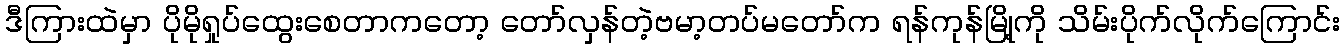
ဒီကြားထဲမှာ ပိုမိုရှုပ်ထွေးစေတာကတော့ တော်လှန်တဲ့ဗမာ့တပ်မတော်က ရန်ကုန်မြို့ကို သိမ်းပိုက်လိုက်ကြောင်း